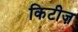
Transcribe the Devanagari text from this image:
किटीज़